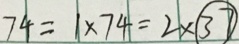
7 4 = 1 \times 7 4 = 2 \times \textcircled { 3 7 }